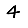
Digit: 4